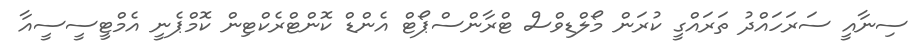
ސިނާއީ ސަރަހައްދު ތަރައްގީ ކުރަން މޯލްޑިވްސް ޓްރާންސްޕޯޓް އެންޑް ކޮންޓްރެކްޓިން ކޮމްޕެނީ އެމްޓީސީސީއާ